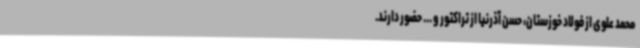
محمد علوی از فولاد خوزستان، حسن آذرنیا از تراکتور و ... حضور دارند.